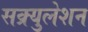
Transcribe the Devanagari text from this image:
सक्र्युलेशन